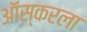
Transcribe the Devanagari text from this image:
ऑस्करला